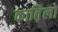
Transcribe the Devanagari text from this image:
कात़िलों